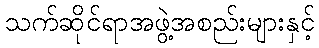
သက်ဆိုင်ရာအဖွဲ့အစည်းများနှင့်